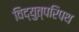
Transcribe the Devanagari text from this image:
विद्युत्परिपथ